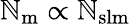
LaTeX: \mathbb{N}_{\mathrm{{{m}}}}\propto\mathbb{N}_{\mathrm{{{slm}}}}